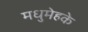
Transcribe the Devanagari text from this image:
मधुमेहके